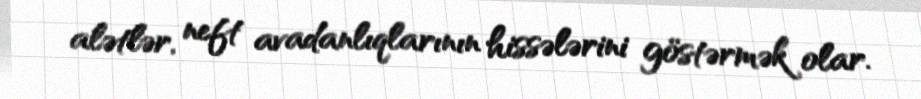
alətlər, neft avadanlıqlarının hissələrini göstərmək olar.